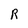
Character: R